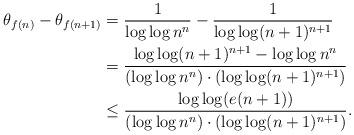
LaTeX: \begin{align*} \theta_{f(n)}-\theta_{f(n+1)}&=\frac{1}{\log\log n^n}-\frac{1}{\log\log (n+1)^{n+1}}\\ &=\frac{\log\log (n+1)^{n+1}-\log\log n^n}{\left(\log\log n^n\right)\cdot\left(\log\log(n+1)^{n+1}\right)}\\ &\le\frac{\log\log(e(n+1))}{\left(\log\log n^n\right)\cdot\left(\log\log(n+1)^{n+1}\right)}. \end{align*}